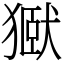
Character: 㺇